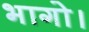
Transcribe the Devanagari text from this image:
भागो।